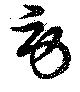
労